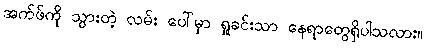
အက်ဖ်ကို သွားတဲ့ လမ်း ပေါ်မှာ ရှုခင်းသာ နေရာတွေရှိပါသလား။